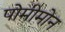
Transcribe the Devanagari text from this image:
पोमीमोन